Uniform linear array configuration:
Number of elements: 4
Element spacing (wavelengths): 0.25
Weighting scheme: hamming
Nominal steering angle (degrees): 30
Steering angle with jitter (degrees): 30.788
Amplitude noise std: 0.05
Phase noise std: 0.05

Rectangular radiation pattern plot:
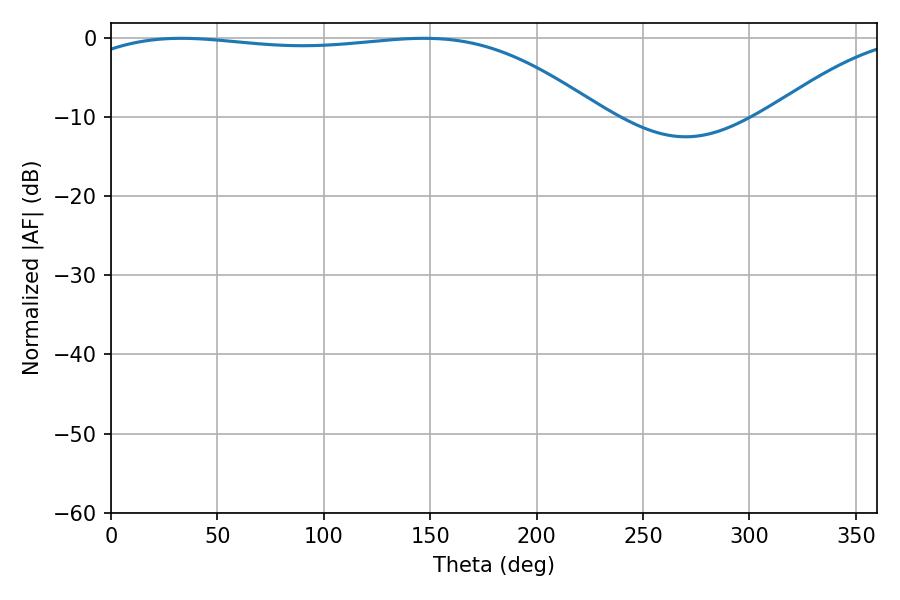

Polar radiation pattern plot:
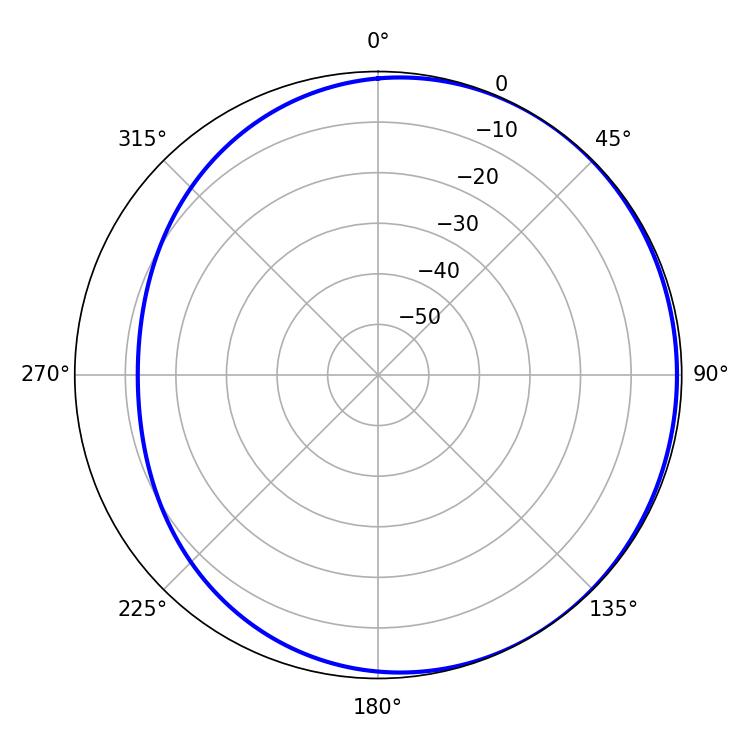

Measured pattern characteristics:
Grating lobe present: FALSE
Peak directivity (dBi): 1.306
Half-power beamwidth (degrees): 194.94
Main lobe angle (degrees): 32.94